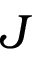
J